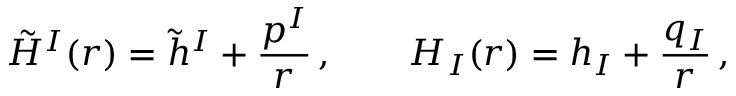
\tilde { H } ^ { I } ( r ) = \tilde { h } ^ { I } + { \frac { p ^ { I } } { r } } \, , \qquad H _ { I } ( r ) = h _ { I } + { \frac { q _ { I } } { r } } \, ,